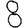
Digit: 8